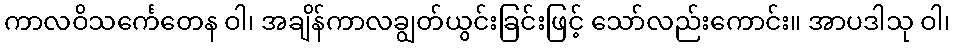
ကာလဝိသင်္ကေတေန ဝါ၊ အချိန်ကာလချွတ်ယွင်းခြင်းဖြင့် သော်လည်းကောင်း။ အာပဒါသု ဝါ၊